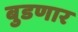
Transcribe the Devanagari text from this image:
बुडणार